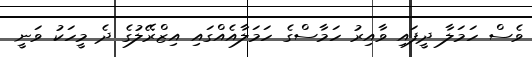
ވެސް ހަމަލާ ދީފައި ވާއިރު ހަމާސްގެ ހަމަލާއެއްގައި އިޒްރޭލުގެ ދެ މީހަކު ވަނީ